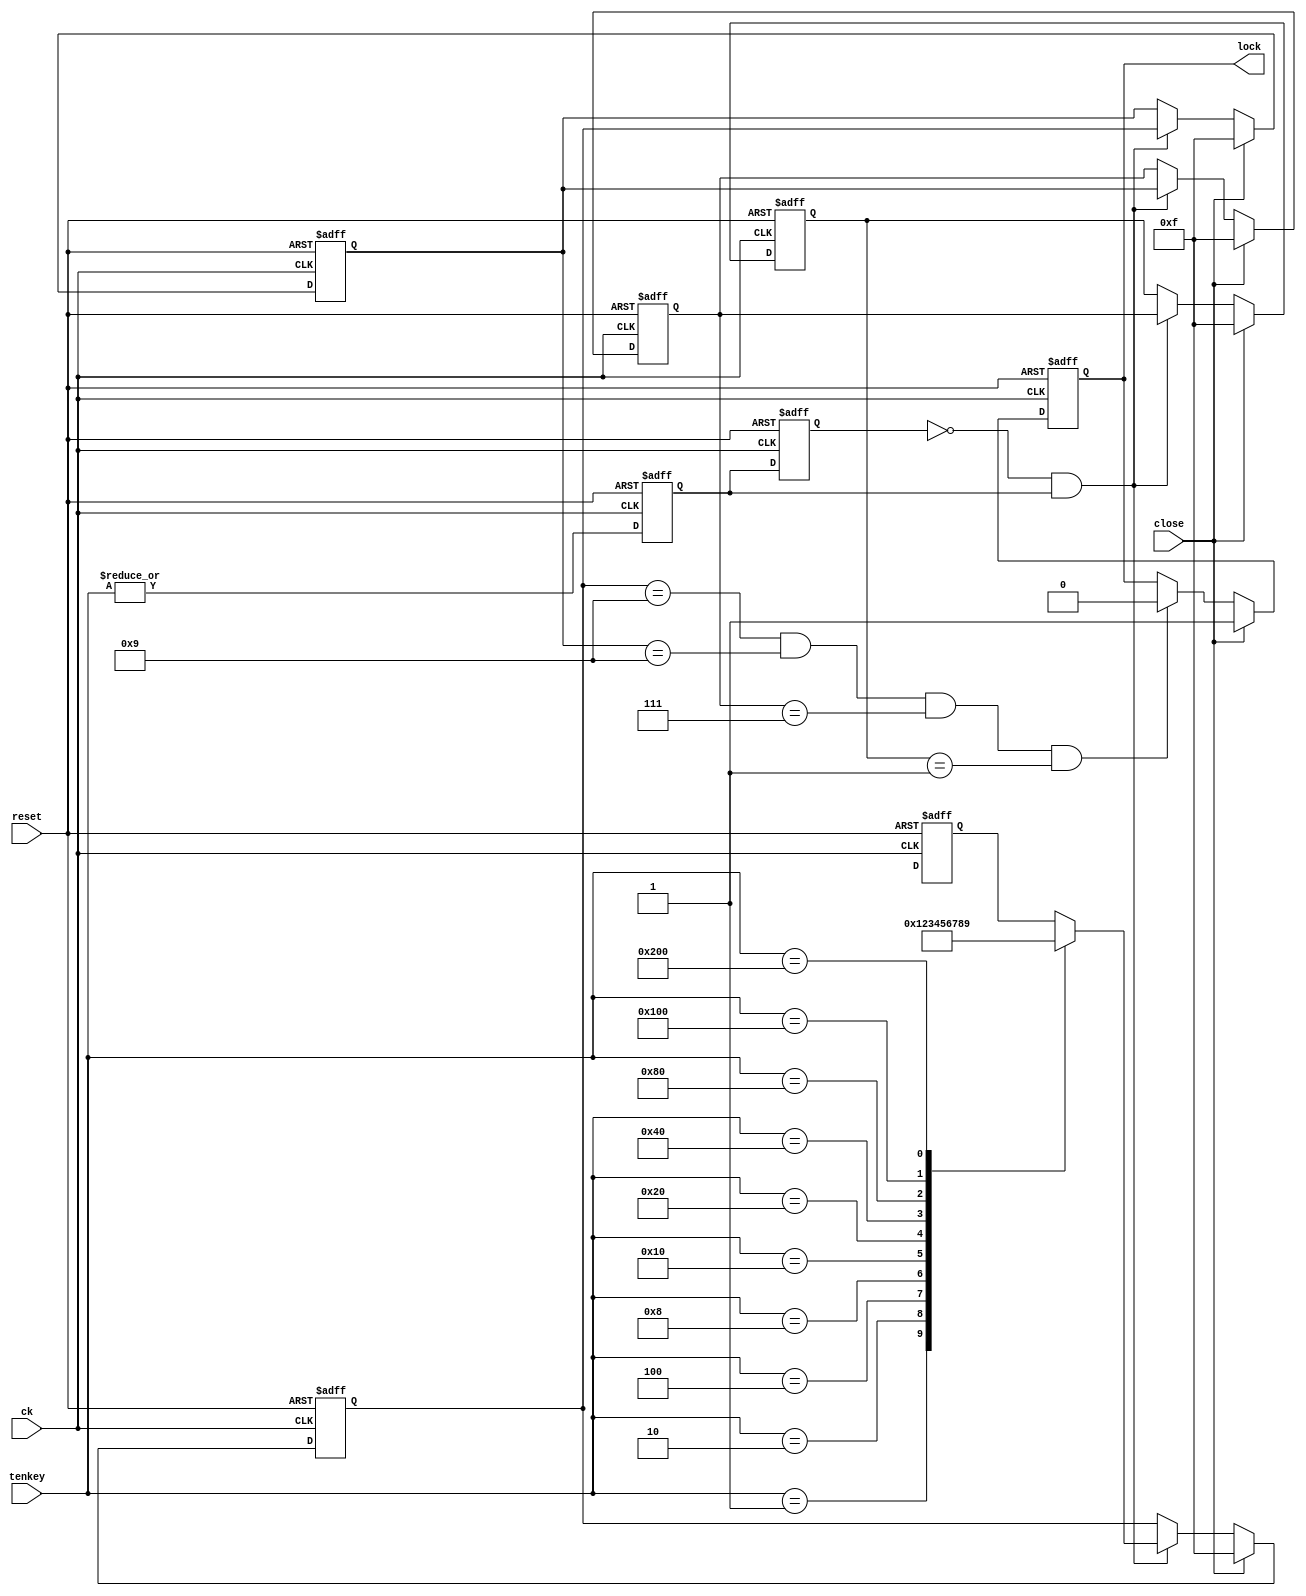
/* dq@*/

module elelock( ck, reset, tenkey, close, lock);
input ck, reset, close;
input [9:0] tenkey;
output lock;
reg lock, ke1, ke2;
reg [3:0] key[0:3];
wire match, key_enbl;

// 
parameter SECRET_3 = 4'h1, SECRET_2 = 4'h7, SECRET_1 = 4'h9, SECRET_0 = 4'h9;

// WX^
always @( posedge ck or posedge reset ) begin
   if ( reset==1'b1 ) begin
      key[3] <= 4'b1111;
      key[2] <= 4'b1111;
      key[1] <= 4'b1111;
      key[0] <= 4'b1111;
   end
   else if ( close==1'b1 ) begin
      key[3] <= 4'b1111;
      key[2] <= 4'b1111;
      key[1] <= 4'b1111;
      key[0] <= 4'b1111;
   end
   else if ( key_enbl==1'b1 ) begin
      key[3] <= key[2];
      key[2] <= key[1];
      key[1] <= key[0];
      key[0] <= keyenc( tenkey ); 
   end
end

// eEL[`b^p
always @( posedge ck or posedge reset ) begin
   if ( reset==1'b1 ) begin
      ke2 <= 1'b0;
      ke1 <= 1'b0;
   end
   else begin
      ke2 <= ke1;
      ke1 <= | tenkey;
   end
end  

// dqo
always @( posedge ck or posedge reset ) begin
   if ( reset==1'b1 )
      lock <= 1'b0;
   else if ( close==1'b1 ) 
      lock <= 1'b1;
   else if ( match==1'b1 )
      lock <= 1'b0;
end

// eEL[GR[_
function [3:0] keyenc;
input [9:0] sw;
   case ( sw )
      10'b00000_00001: keyenc = 4'h0;
      10'b00000_00010: keyenc = 4'h1;
      10'b00000_00100: keyenc = 4'h2;
      10'b00000_01000: keyenc = 4'h3;
      10'b00000_10000: keyenc = 4'h4;
      10'b00001_00000: keyenc = 4'h5;
      10'b00010_00000: keyenc = 4'h6;
      10'b00100_00000: keyenc = 4'h7;
      10'b01000_00000: keyenc = 4'h8;
      10'b10000_00000: keyenc = 4'h9;
   endcase
endfunction

// vM
assign match = (key[0]==SECRET_0) && (key[1]==SECRET_1)
            && (key[2]==SECRET_2) && (key[3]==SECRET_3);
assign key_enbl = ~ke2 & ke1;

endmodule